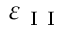
\varepsilon _ { \mathrm { ~ I ~ I ~ } }